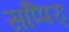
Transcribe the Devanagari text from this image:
सप्पिर्ः